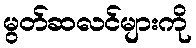
မွတ်ဆလင်များကို